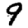
Digit: 9